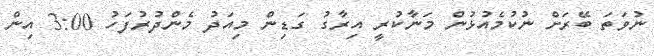
ނުވަތަ ބޭރަށް ނުކުމެއުޅުން މަނާކުރީ އިރާގު ގަޑިން މިއަދު މެންދުރުފަހު 3:00 އިން